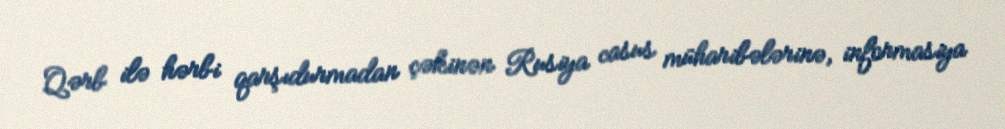
Qərb ilə hərbi qarşıdurmadan çəkinən Rusiya casus müharibələrinə, informasiya